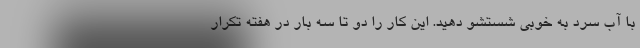
با آب سرد به خوبی شستشو دهید. این کار را دو تا سه بار در هفته تکرار